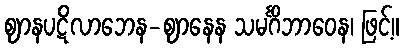
ဈာနပဋိလာဘေန-ဈာနေန သမင်္ဂိဘာဝေန၊ ဖြင့်။